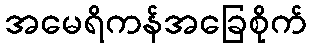
အမေရိကန်အခြေစိုက်